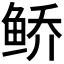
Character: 𱇩